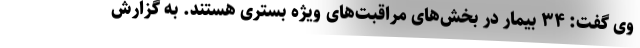
وی گفت: ۳۴ بیمار در بخش‌های مراقبت‌های ویژه بستری هستند. به گزارش